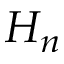
H _ { n }